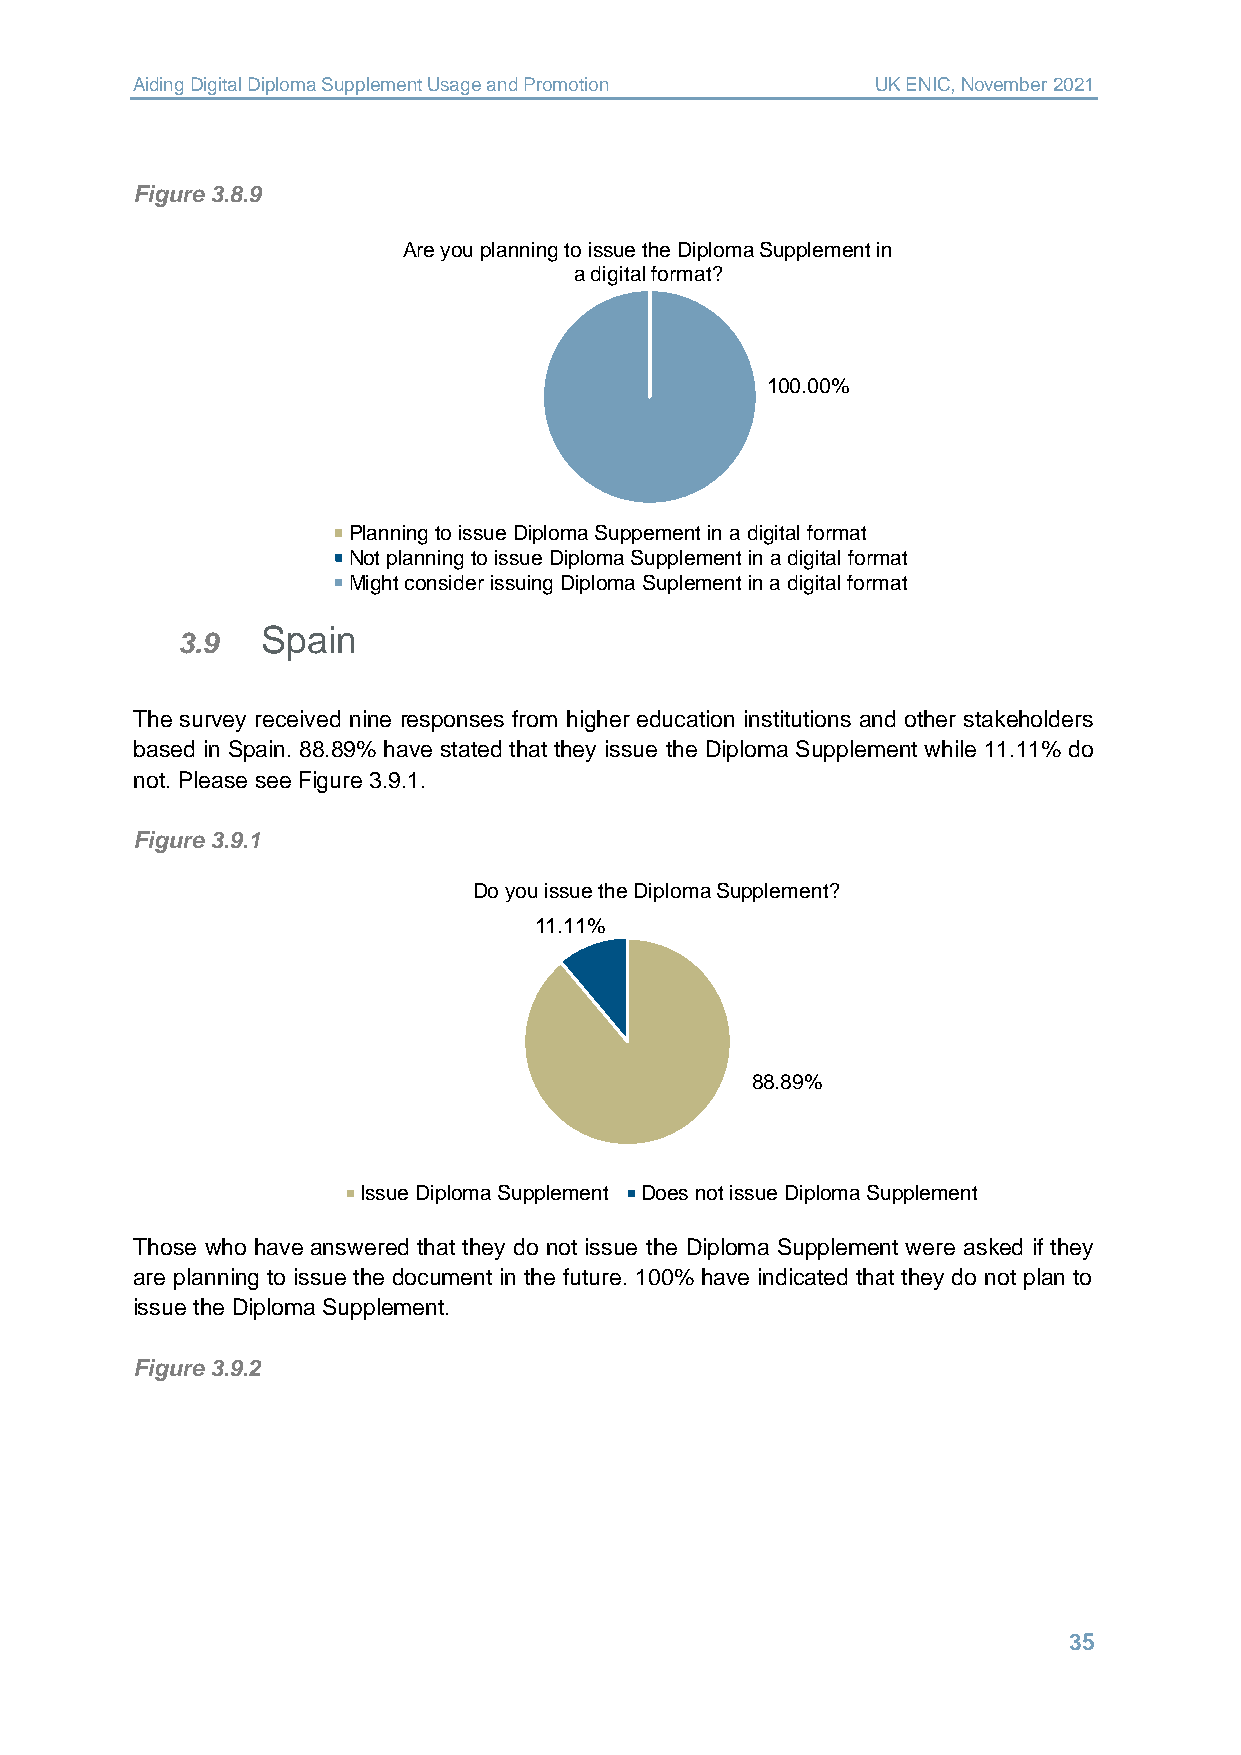
Aiding Digital Diploma Supplement Usage and Promotion UK ENIC, November 2021
 Figure 3.8.9
 Are you planning to issue the Diploma Supplement in
 a digital format?
 100.00%
 Planning to issue Diploma Suppement in a digital format
 Not planning to issue Diploma Supplement in a digital format
 Might consider issuing Diploma Suplement in a digital format
 Spain
 3.9
 The survey received nine responses from higher education institutions and other stakeholders
 based in Spain. 88.89% have stated that they issue the Diploma Supplement while 11.11% do
 not. Please see Figure 3.9.1.
 Figure 3.9.1
 Do you issue the Diploma Supplement?
 11.11%
 88.89%
 Issue Diploma Supplement Does not issue Diploma Supplement
 Those who have answered that they do not issue the Diploma Supplement were asked if they
 are planning to issue the document in the future. 100% have indicated that they do not plan to
 issue the Diploma Supplement.
 Figure 3.9.2
 35